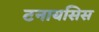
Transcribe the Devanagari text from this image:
टनायसिस